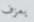
يعزف